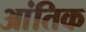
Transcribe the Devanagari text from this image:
आंतिक